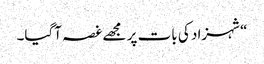
“شہزاد کی بات پر مجھے غصہ آگیا۔